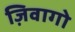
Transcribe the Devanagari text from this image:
ज़िवागो